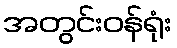
အတွင်းဝန်ရုံး